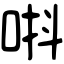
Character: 唞